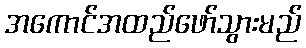
အကောင်အထည်ဖော်သွားမည်